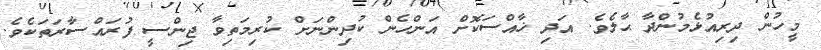
މީހުން ދިރިއުޅެމުންދާ ޙާލެވެ. އަދި ޚާއްސަކޮށް އަންހެން ކުދިންނަށް ކުރިމަތިވާ ޖިންސީ ފުރައްސާރަތަކެވެ.